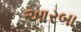
આરબા